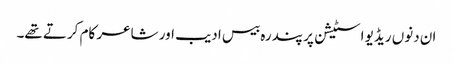
ان دنوں ریڈیو اسٹیشن پر پندرہ بیس ادیب اور شاعر کام کرتے تھے۔